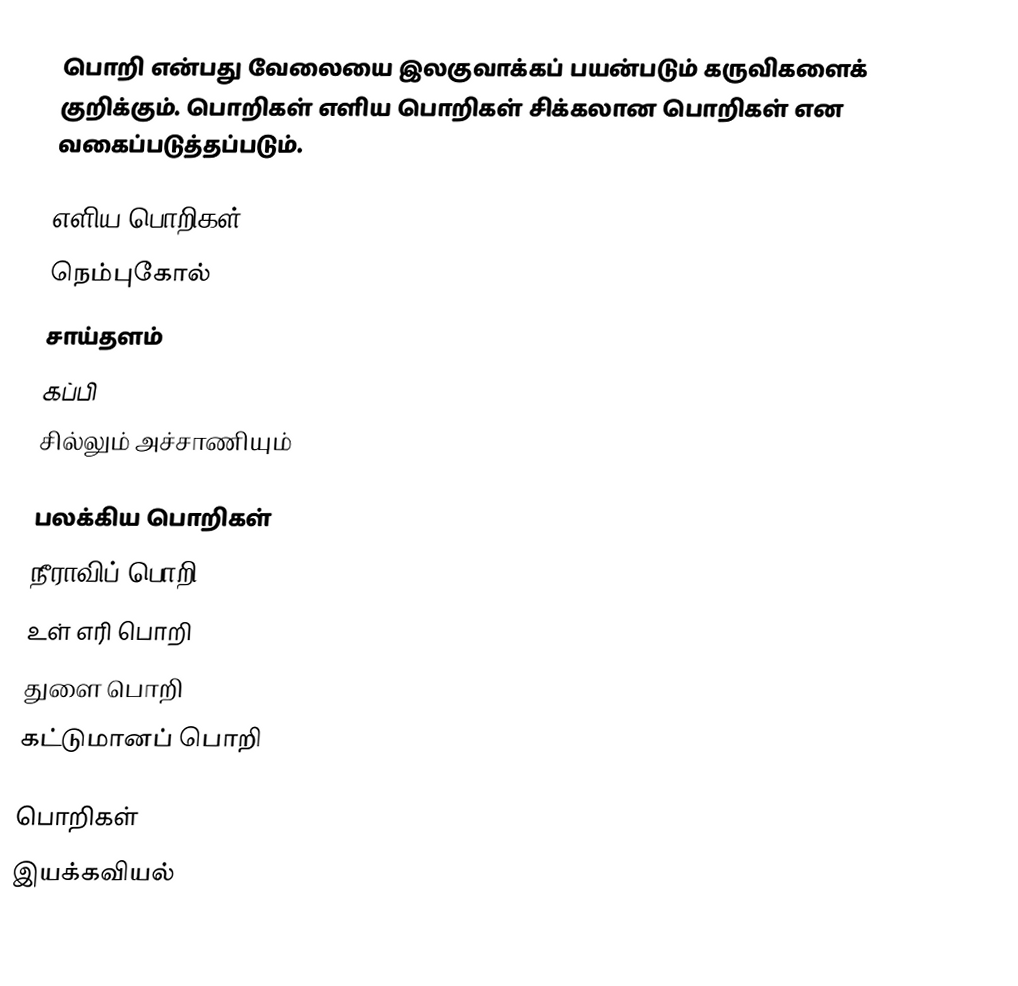
பொறி என்பது வேலையை இலகுவாக்கப் பயன்படும் கருவிகளைக் குறிக்கும். பொறிகள் எளிய பொறிகள் சிக்கலான பொறிகள் என வகைப்படுத்தப்படும்.

எளிய பொறிகள்
 நெம்புகோல்
 சாய்தளம்
 கப்பி
 சில்லும் அச்சாணியும்

பலக்கிய பொறிகள்
 நீராவிப் பொறி
 உள் எரி பொறி
 துளை பொறி
 கட்டுமானப் பொறி

பொறிகள்
இயக்கவியல்